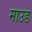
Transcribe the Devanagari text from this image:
माउड